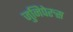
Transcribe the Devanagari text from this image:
जुनिपेरुस